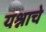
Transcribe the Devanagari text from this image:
यश्नाचे